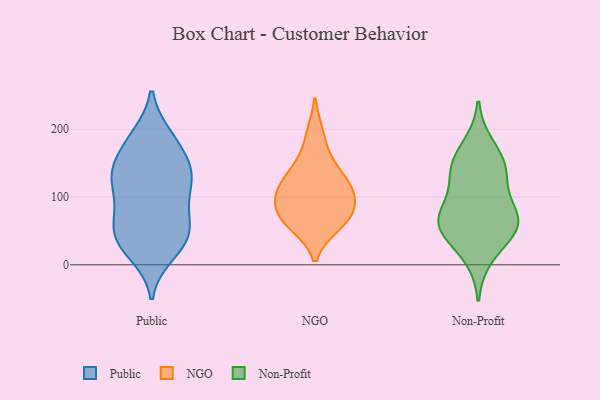
{"axis": {"x": "Latency (ms)", "y": "Value"}, "legend": ["NGO", "Non-Profit", "Public"], "data": [{"x": "", "y": 122, "type": "Public"}, {"x": "", "y": 187, "type": "Public"}, {"x": "", "y": 122, "type": "Public"}, {"x": "", "y": 121, "type": "Public"}, {"x": "", "y": 34, "type": "Public"}, {"x": "", "y": 53, "type": "Public"}, {"x": "", "y": 149, "type": "Public"}, {"x": "", "y": 189, "type": "Public"}, {"x": "", "y": 66, "type": "Public"}, {"x": "", "y": 84, "type": "Public"}, {"x": "", "y": 150, "type": "Public"}, {"x": "", "y": 16, "type": "Public"}, {"x": "", "y": 51, "type": "Public"}, {"x": "", "y": 35, "type": "Public"}, {"x": "", "y": 179, "type": "Public"}, {"x": "", "y": 27, "type": "Public"}, {"x": "", "y": 75, "type": "Public"}, {"x": "", "y": 135, "type": "Public"}, {"x": "", "y": 127, "type": "Public"}, {"x": "", "y": 75, "type": "NGO"}, {"x": "", "y": 58, "type": "NGO"}, {"x": "", "y": 94, "type": "NGO"}, {"x": "", "y": 193, "type": "NGO"}, {"x": "", "y": 151, "type": "NGO"}, {"x": "", "y": 115, "type": "NGO"}, {"x": "", "y": 134, "type": "NGO"}, {"x": "", "y": 114, "type": "NGO"}, {"x": "", "y": 76, "type": "NGO"}, {"x": "", "y": 102, "type": "NGO"}, {"x": "", "y": 59, "type": "NGO"}, {"x": "", "y": 53, "type": "Non-Profit"}, {"x": "", "y": 75, "type": "Non-Profit"}, {"x": "", "y": 138, "type": "Non-Profit"}, {"x": "", "y": 53, "type": "Non-Profit"}, {"x": "", "y": 110, "type": "Non-Profit"}, {"x": "", "y": 147, "type": "Non-Profit"}, {"x": "", "y": 59, "type": "Non-Profit"}, {"x": "", "y": 176, "type": "Non-Profit"}, {"x": "", "y": 74, "type": "Non-Profit"}, {"x": "", "y": 12, "type": "Non-Profit"}, {"x": "", "y": 144, "type": "Non-Profit"}, {"x": "", "y": 57, "type": "Non-Profit"}]}